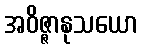
အဝိဇ္ဇာနုသယော